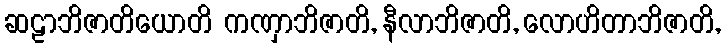
ဆဠာဘိဇာတိယောတိ ကဏှာဘိဇာတိ, နီလာဘိဇာတိ, လောဟိတာဘိဇာတိ,